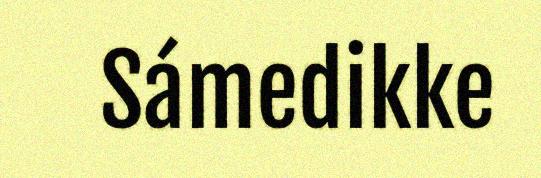
Sámedikke